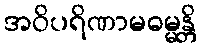
အဝိပရိဏာမဓမ္မန္တိ